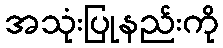
အသုံးပြုနည်းကို